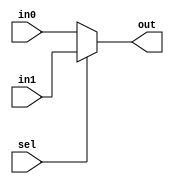

module mux_2to1_32bit (out, in0, in1, sel);
input [31:0] in0;
input [31:0] in1;
input sel;
output [31:0] out;

assign out = (sel == 1'b0) ? in0 : in1;

endmodule